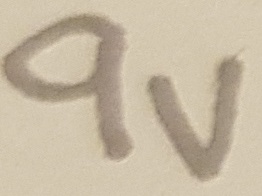
Text: 9V